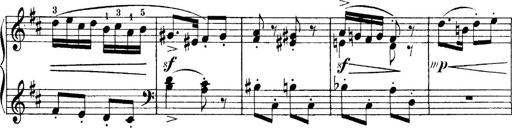
Title: 4 Sonatines
Composer: Max Reger